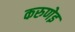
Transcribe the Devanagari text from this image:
करुणेइ